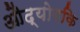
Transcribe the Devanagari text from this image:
औद्योगकि